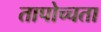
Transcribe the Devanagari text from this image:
तापोच्चता